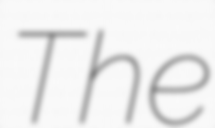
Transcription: The